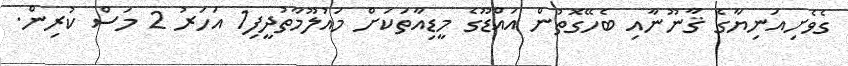
ގެވެށިއަނިޔާގެ ޤާނޫނާއި ބެހޭގޮތުން އައްޑޫގެ މީޑިއާތަކަށް މައުލޫމާތުދީފި1 އަހަރު 2 މަސް ކުރިން.